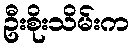
ဦးစိုးသိမ်းက